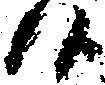
候